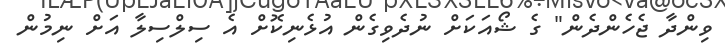
ވިންދާ ޖެހެންދެން" ގެ ޝޯއަކަށް ނުދެވިގެން އުޅެނިކޮށް އެ ސިލްސިލާ އަށް ނިމުން